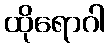
ထိုရောဂါ